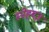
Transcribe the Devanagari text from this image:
स्नेहयज्ञ